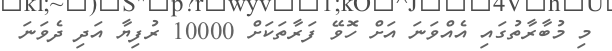
މި މުބާރާތުގައި އެއްވަނަ އަށް ހޮވޭ ފަރާތަކަށް 10000 ރުފިޔާ އަދި ދެވަނަ